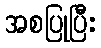
အစပြုပြီး